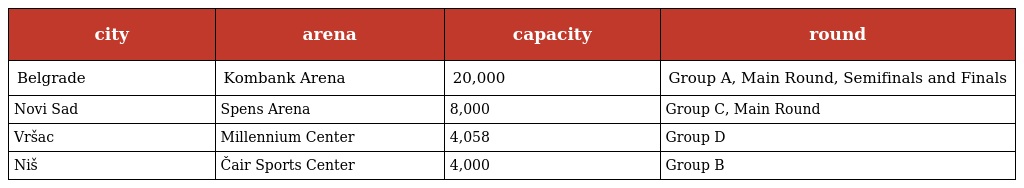
| city | arena | capacity | round |
 | --- | --- | --- | --- |
 | Belgrade | Kombank Arena | 20,000 | Group A, Main Round, Semifinals and Finals |
 | Novi Sad | Spens Arena | 8,000 | Group C, Main Round |
 | Vršac | Millennium Center | 4,058 | Group D |
 | Niš | Čair Sports Center | 4,000 | Group B |